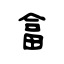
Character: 畣